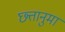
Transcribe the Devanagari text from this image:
छ्त्तानुमा